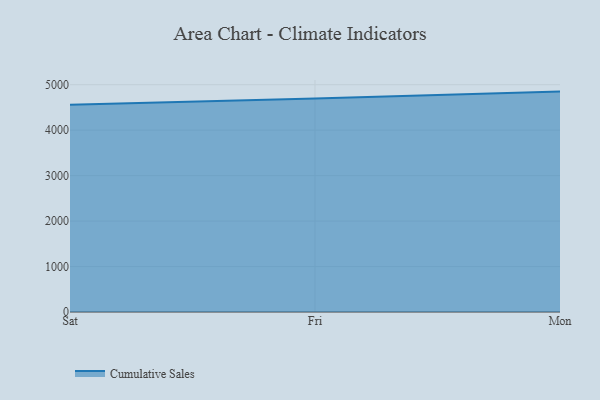
{"axis": {"x": "Day", "y": "Waste Production (Tons)"}, "legend": ["Cumulative Sales"], "data": [{"x": "Sat", "y": 4559.2, "type": "Cumulative Sales"}, {"x": "Fri", "y": 4694.8, "type": "Cumulative Sales"}, {"x": "Mon", "y": 4848.5, "type": "Cumulative Sales"}]}